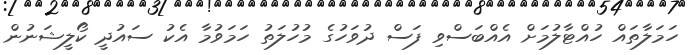
ހަމަލާތައް ހުއްޓާލުމަށް އެއްބަސްވި ފަސް ދުވަހުގެ މުހުލަތު ހަމަވުމާ އެކު ސައުދީ ކޯލީޝަނުން